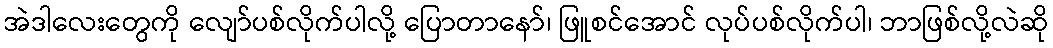
အဲဒါလေးတွေကို လျော်ပစ်လိုက်ပါလို့ ပြောတာနော်၊ ဖြူစင်အောင် လုပ်ပစ်လိုက်ပါ၊ ဘာဖြစ်လို့လဲဆို